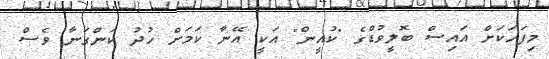
މިފަހަކަށް އައިސް ބޮލީވުޑްގެ "ކުއީން" އަކީ އޭނާ ކަމަށް ހުދު ކަންގަނާ ވެސް